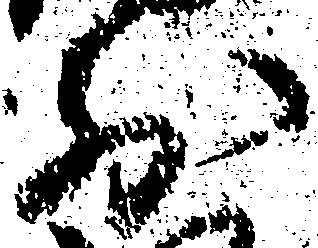
前